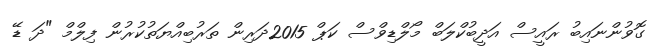
ގޮވުންނައިބު ރައީސް އަދީބުކްލަބް މޯލްޑިވްސް ކަޕް 2015ދަރިން ތަރުބިއްޔަތުކުރުން ފިލްމް "ދަ ޑޭ